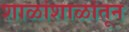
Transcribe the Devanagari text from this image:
शाळांशाळांतून